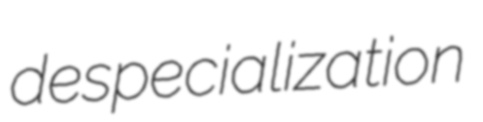
despecialization